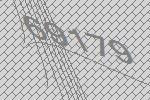
69179